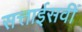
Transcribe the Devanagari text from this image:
सत्ताईसवीं